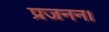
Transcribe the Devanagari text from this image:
प्रजनन।